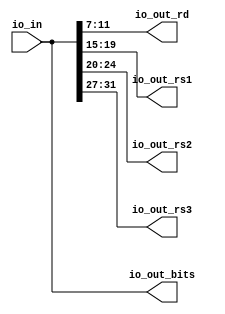
// Copyright (c) 2019, Microchip Corporation
// All rights reserved.
//
// Redistribution and use in source and binary forms, with or without
// modification, are permitted provided that the following conditions are met:
//     * Redistributions of source code must retain the above copyright
//       notice, this list of conditions and the following disclaimer.
//     * Redistributions in binary form must reproduce the above copyright
//       notice, this list of conditions and the following disclaimer in the
//       documentation and/or other materials provided with the distribution.
//     * Neither the name of the <organization> nor the
//       names of its contributors may be used to endorse or promote products
//       derived from this software without specific prior written permission.
//
// THIS SOFTWARE IS PROVIDED BY THE COPYRIGHT HOLDERS AND CONTRIBUTORS "AS IS" AND
// ANY EXPRESS OR IMPLIED WARRANTIES, INCLUDING, BUT NOT LIMITED TO, THE IMPLIED
// WARRANTIES OF MERCHANTABILITY AND FITNESS FOR A PARTICULAR PURPOSE ARE
// DISCLAIMED. IN NO EVENT SHALL MICROSEMI CORPORATIONM BE LIABLE FOR ANY
// DIRECT, INDIRECT, INCIDENTAL, SPECIAL, EXEMPLARY, OR CONSEQUENTIAL DAMAGES
// (INCLUDING, BUT NOT LIMITED TO, PROCUREMENT OF SUBSTITUTE GOODS OR SERVICES;
// LOSS OF USE, DATA, OR PROFITS; OR BUSINESS INTERRUPTION) HOWEVER CAUSED AND
// ON ANY THEORY OF LIABILITY, WHETHER IN CONTRACT, STRICT LIABILITY, OR TORT
// (INCLUDING NEGLIGENCE OR OTHERWISE) ARISING IN ANY WAY OUT OF THE USE OF THIS
// SOFTWARE, EVEN IF ADVISED OF THE POSSIBILITY OF SUCH DAMAGE.
//
// APACHE LICENSE
// Copyright (c) 2019, Microchip Corporation 
//
// Licensed under the Apache License, Version 2.0 (the "License");
// you may not use this file except in compliance with the License.
// You may obtain a copy of the License at
//
//    http://www.apache.org/licenses/LICENSE-2.0
//
// Unless required by applicable law or agreed to in writing, software
// distributed under the License is distributed on an "AS IS" BASIS,
// WITHOUT WARRANTIES OR CONDITIONS OF ANY KIND, either express or implied.
// See the License for the specific language governing permissions and
// limitations under the License.
//
// Description:
//
// SVN Revision Information:
// SVN $Revision: $
// SVN $Date: $
//
// Resolved SARs
// SAR      Date     Who   Description
//
// Notes:
//
// ****************************************************************************/
`ifndef RANDOMIZE_REG_INIT 
	 `define RANDOMIZE_REG_INIT 
 `endif
`ifndef RANDOMIZE_MEM_INIT 
	 `define RANDOMIZE_MEM_INIT 
 `endif
`ifndef RANDOMIZE 
	 `define RANDOMIZE 
`endif

`timescale 1ns/10ps
module MIV_RV32IMAF_L1_AHB_C0_MIV_RV32IMAF_L1_AHB_C0_0_MIV_RV32IMAF_L1_AHB_RVCEXPANDER( // @[:freechips.rocketchip.system.MivRV32ImafL1AhbConfig.fir@110829.2]
  input  [31:0] io_in, // @[:freechips.rocketchip.system.MivRV32ImafL1AhbConfig.fir@110832.4]
  output [31:0] io_out_bits, // @[:freechips.rocketchip.system.MivRV32ImafL1AhbConfig.fir@110832.4]
  output [4:0]  io_out_rd, // @[:freechips.rocketchip.system.MivRV32ImafL1AhbConfig.fir@110832.4]
  output [4:0]  io_out_rs1, // @[:freechips.rocketchip.system.MivRV32ImafL1AhbConfig.fir@110832.4]
  output [4:0]  io_out_rs2, // @[:freechips.rocketchip.system.MivRV32ImafL1AhbConfig.fir@110832.4]
  output [4:0]  io_out_rs3 // @[:freechips.rocketchip.system.MivRV32ImafL1AhbConfig.fir@110832.4]
);
  wire [4:0] _T_5; // @[RVC.scala 20:36:freechips.rocketchip.system.MivRV32ImafL1AhbConfig.fir@110838.4]
  wire [4:0] _T_6; // @[RVC.scala 20:57:freechips.rocketchip.system.MivRV32ImafL1AhbConfig.fir@110839.4]
  wire [4:0] _T_7; // @[RVC.scala 20:79:freechips.rocketchip.system.MivRV32ImafL1AhbConfig.fir@110840.4]
  wire [4:0] _T_8; // @[RVC.scala 20:101:freechips.rocketchip.system.MivRV32ImafL1AhbConfig.fir@110841.4]
  assign _T_5 = io_in[11:7]; // @[RVC.scala 20:36:freechips.rocketchip.system.MivRV32ImafL1AhbConfig.fir@110838.4]
  assign _T_6 = io_in[19:15]; // @[RVC.scala 20:57:freechips.rocketchip.system.MivRV32ImafL1AhbConfig.fir@110839.4]
  assign _T_7 = io_in[24:20]; // @[RVC.scala 20:79:freechips.rocketchip.system.MivRV32ImafL1AhbConfig.fir@110840.4]
  assign _T_8 = io_in[31:27]; // @[RVC.scala 20:101:freechips.rocketchip.system.MivRV32ImafL1AhbConfig.fir@110841.4]
  assign io_out_bits = io_in;
  assign io_out_rd = _T_5;
  assign io_out_rs1 = _T_6;
  assign io_out_rs2 = _T_7;
  assign io_out_rs3 = _T_8;
endmodule